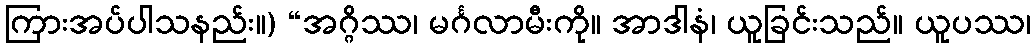
ကြားအပ်ပါသနည်း။) “အဂ္ဂိဿ၊ မင်္ဂလာမီးကို။ အာဒါနံ၊ ယူခြင်းသည်။ ယူပဿ၊